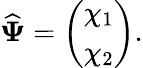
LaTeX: {\widehat{\boldsymbol{\Psi}}}=\left(\begin{array}{l}{\chi_{1}}\\ {\chi_{2}}\end{array}\right).